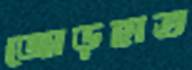
জোড়হাত